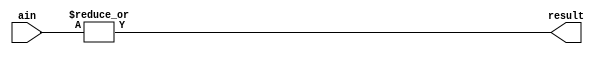
`timescale 1ns / 1ps
//////////////////////////////////////////////////////////////////////////////////
// Company: 
// Engineer: 
// 
// Design Name: 
// Module Name: lab9_1_1
// Project Name: 
// Target Devices: 
// Tool Versions: 
// Description: 
// 
// Dependencies: 
// 
// Revision:
// Revision 0.01 - File Created
// Additional Comments:
// 
//////////////////////////////////////////////////////////////////////////////////

module reduction_or #(parameter WIDTH = 2,DELAY = 2)(
    input [WIDTH-1:0] ain, 
    output result
    );
    assign #DELAY result = |ain;
endmodule

module reduction_and #(parameter WIDTH = 2,DELAY = 2)(
    input [WIDTH-1:0] ain, 
    output result
    );
    assign #DELAY result = &ain;
endmodule

module reduction_not #(parameter DELAY = 2)(
    input ain, 
    output result
    );
    assign #DELAY result = ~ain;
endmodule



module lab9_1_1(
    input c0,
    input a,
    input b,
    output c1,
    output sum
    );
    wire s1,m1,m2,m3,m4,n_a,n_b,n_s1,n_c0,l1,l2,l3,l4;
    //and
    reduction_and #(2,3) AND1 ({a,b},m1);
    reduction_and #(2,3) AND2 ({b,c0},m2);
    reduction_and #(2,3) AND3 ({a,c0},m3);
    //not
    reduction_not #(1) NOT1 (a,n_a);
    reduction_not #(1) NOT2 (b,n_b);
    reduction_not #(1) NOT3 (s1,n_s1);
    reduction_not #(1) NOT4 (c0,n_c0);
   //xor
    reduction_and #(2,3) AND4 ({a,n_b},l1);
    reduction_and #(2,3) AND5 ({n_a,b},l2);
    reduction_or #(2,3) XOR1 ({l1,l2},s1);
    reduction_and #(2,3) AND6 ({s1,n_c0},l3);
    reduction_and #(2,3) AND7 ({n_s1,c0},l4);
    reduction_or #(2,3) XOR2 ({l3,l4},sum);
    //or
    reduction_or #(2,3) OR1 ({m1,m2},m4);
    reduction_or #(2,3) OR2 ({m3,m4},c1);
    
endmodule